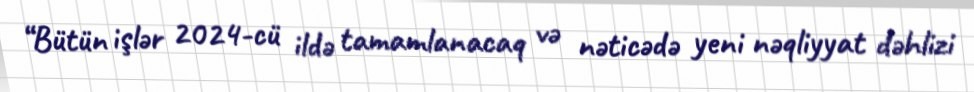
“Bütün işlər 2024-cü ildə tamamlanacaq və nəticədə yeni nəqliyyat dəhlizi